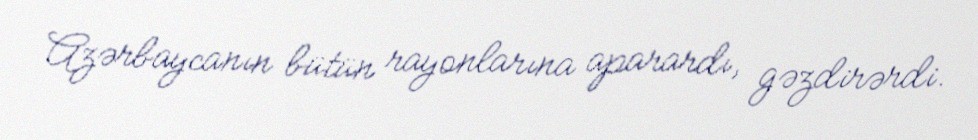
Azərbaycanın bütün rayonlarına aparardı, gəzdirərdi.